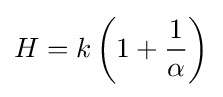
H=k\left(1+{\frac {1}{\alpha }}\right)